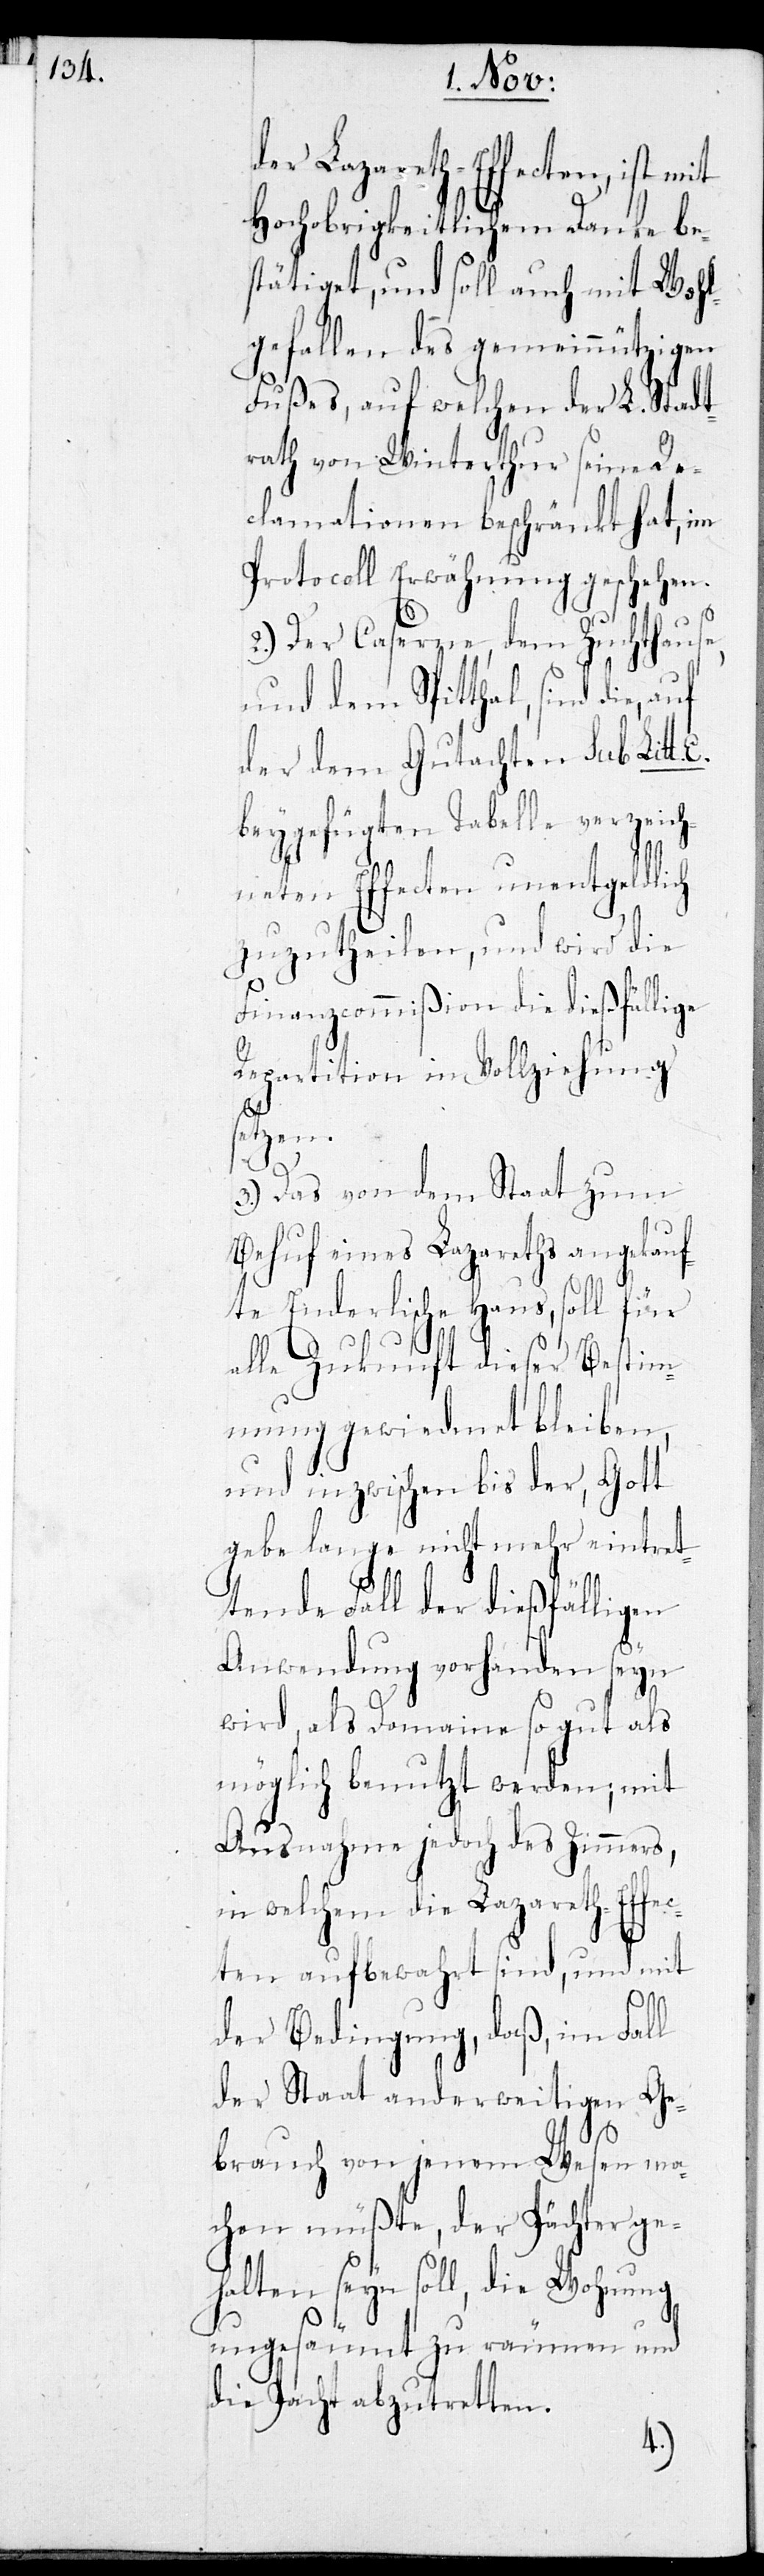
der Lazareth-Effecten, ist mit
Hochobrigkeitlichem Danke be¬
stätiget, und soll auch mit Wohl¬
gefallen des gemeinnützigen
Fußes, auf welchen der L. Stadt¬
rath von Winterthur seine Re¬
clamationen beschränkt hat, im
Protocoll Erwähnung geschehen.
2.) Der Caserne, dem Zuchthause
und dem Spitthal, sind die,
der dem Gutachten sub Litt.
beygefügten Tabelle verzei¬
chneten Effecten unentgeldlich
zuzutheilen, und wird die
Finanzcommißion die dießfällige
Repartition in Vollziehung
setzen.
3.) Das von dem Staat zum
Behuf eines Lazareths angekauf¬
te Enderlische Haus, soll für
alle Zukunft dieser Bestim¬
mung gewiedmet bleiben,
und inzwischen bis der, Gott
gebe lange nicht mehr eintret¬
tende Fall der dießfälligen
Anwendung vorhanden seyn
wird, als Domaine so gut als
möglich benutzt werden; mit
Ausnahme jedoch des Zimmers
in welchem die Lazareth-Effec¬
ten aufbewahrt sind, und mit
der Bedingung, daß, im Fall
der Staat anderweitigen Ge¬
brauch von jenem Wesen ma¬
chen müßte, der Pächter ge¬
halten seyn soll, die Wohnung
ungesäumt zu räumen und
die Pacht abzutretten.